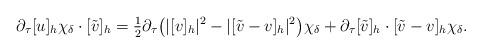
LaTeX: \begin{align*}\partial_\tau [u]_h \chi_\delta\cdot [\tilde v]_h=\tfrac{1}{2}\partial_\tau\big(|[v]_{h}|^2 - |[\tilde v - v]_{h}|^2\big)\chi_\delta +\partial_\tau [\tilde v]_{h}\cdot [\tilde v - v]_{h}\chi_\delta .\end{align*}